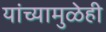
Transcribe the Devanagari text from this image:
यांच्यामुळेही